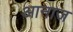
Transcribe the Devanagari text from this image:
आनाज